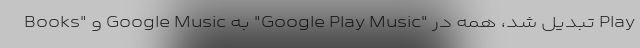
Books" و Google Music به "Google Play Music" تبدیل شد، همه در Play